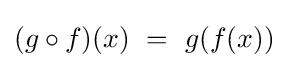
(g\circ f)(x)\ =\ g(f(x))